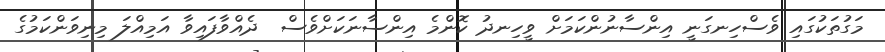
މަގުތަކުގައި ވެސްހިނގަނީ އިންސާނުންކަމަށް ވީހިނދު ކޮންމެ އިންސާނަކަށްވެސް  ދެއްވާފައިވާ އަމިއްލަ މިނިވަންކަމުގެ